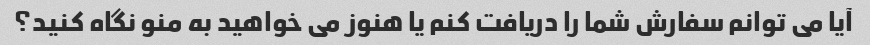
آیا می توانم سفارش شما را دریافت کنم یا هنوز می خواهید به منو نگاه کنید؟